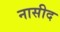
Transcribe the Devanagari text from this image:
नासीद